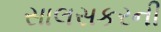
સાલસકરની